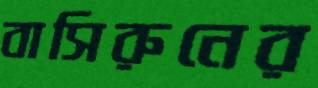
বাসিরুনের